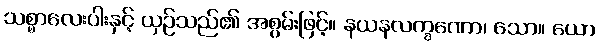
သစ္စာလေးပါးနှင့် ယှဉ်သည်၏ အစွမ်းဖြင့်။ နယနလက္ခဏော၊ သော။ ယော